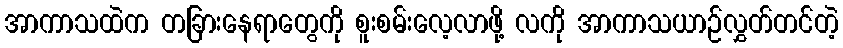
အာကာသထဲက တခြားနေရာတွေကို စူးစမ်းလေ့လာဖို့ လကို အာကာသယာဉ်လွှတ်တင်တဲ့